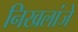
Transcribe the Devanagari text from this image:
निखलांजे